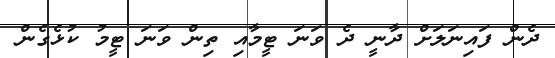
ދެން ފައިނަލަށް ދާނީ ދެ ވަނަ ޓީމާއި ތިން ވަނަ ޓީމު ކުޅެގެން